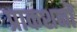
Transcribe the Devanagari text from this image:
प्राकशनों